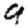
Digit: 9